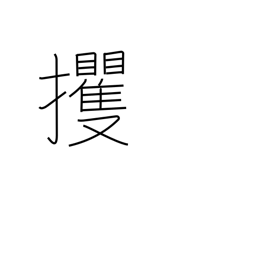
Meaning: abduct